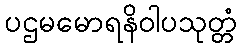
ပဌမမောရနိဝါပသုတ္တံ